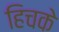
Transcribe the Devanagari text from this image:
हिचके